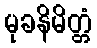
မုခနိမိတ္တံ